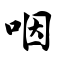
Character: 咽